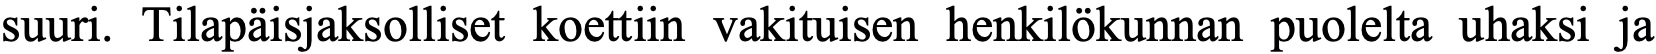
suuri. Tilapäisjaksolliset koettiin vakituisen henkilökunnan puolelta uhaksi ja